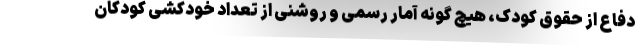
دفاع از حقوق کودک، هیچ گونه آمار رسمی و روشنی از تعداد خودکشی کودکان